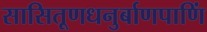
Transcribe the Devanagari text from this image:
सासितूणधनुर्बाणपाणिं